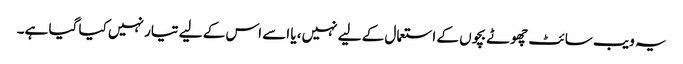
یہ ویب سائٹ چھوٹے بچوں کے استعمال کے لیے نہیں، یا اسے اس کے لیے تیار نہیں کیا گیا ہے۔